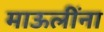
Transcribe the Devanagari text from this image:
माऊलींना